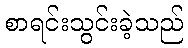
စာရင်းသွင်းခဲ့သည်